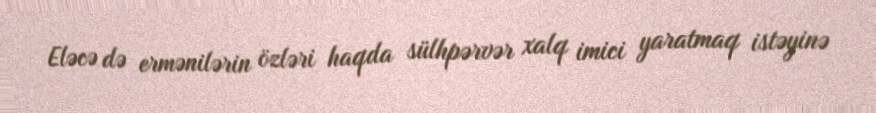
Eləcə də ermənilərin özləri haqda sülhpərvər xalq imici yaratmaq istəyinə